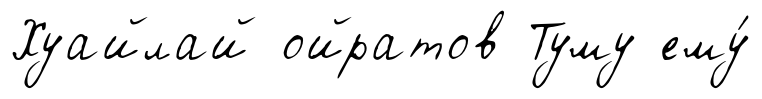
Хуайлай ойратов Туму ему́